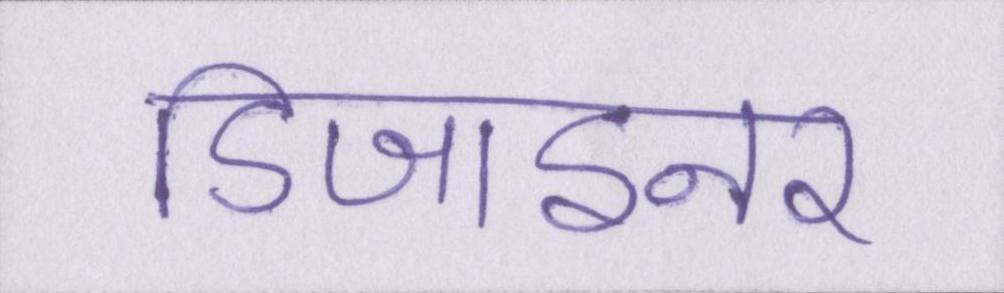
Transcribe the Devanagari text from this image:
डिजाइनर